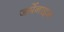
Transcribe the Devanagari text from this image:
जर्मेनाइन